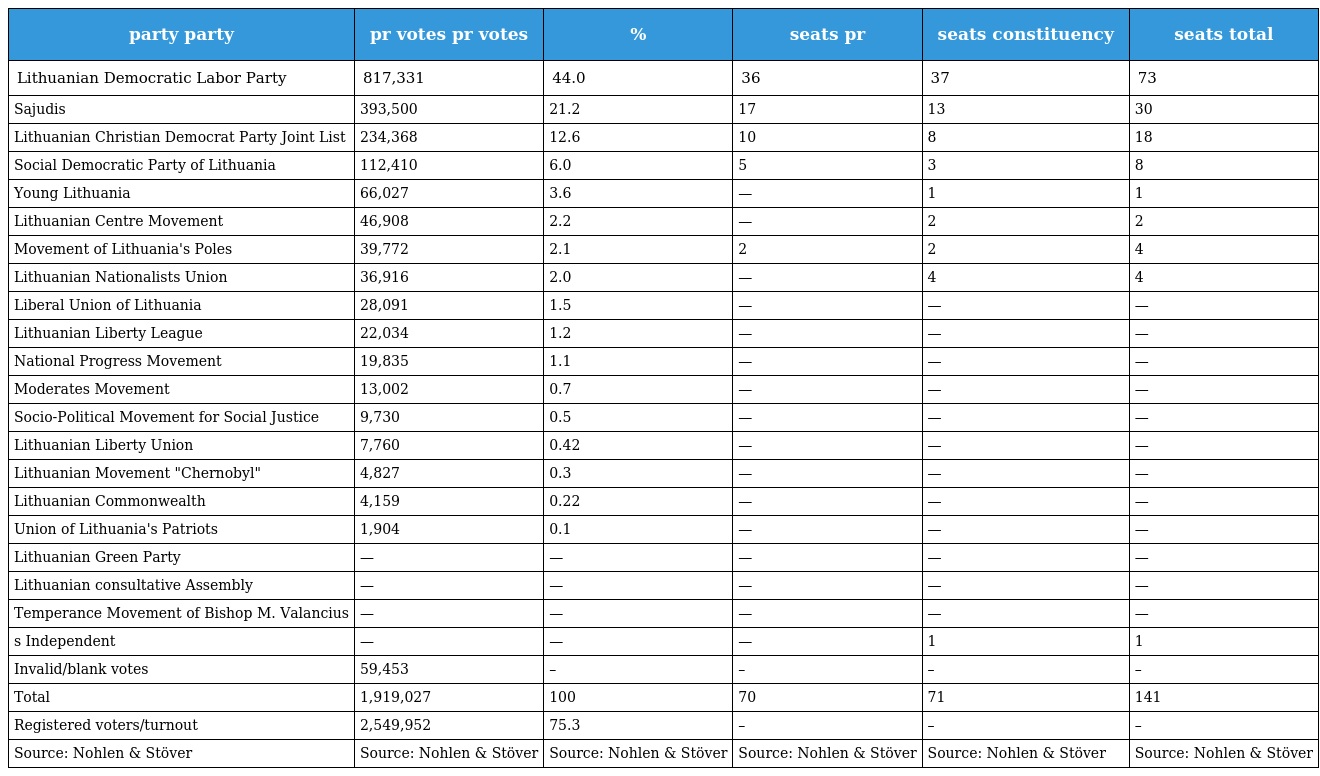
| party party | pr votes pr votes | % | seats pr | seats constituency | seats total |
 | --- | --- | --- | --- | --- | --- |
 | Lithuanian Democratic Labor Party | 817,331 | 44.0 | 36 | 37 | 73 |
 | Sajudis | 393,500 | 21.2 | 17 | 13 | 30 |
 | Lithuanian Christian Democrat Party Joint List | 234,368 | 12.6 | 10 | 8 | 18 |
 | Social Democratic Party of Lithuania | 112,410 | 6.0 | 5 | 3 | 8 |
 | Young Lithuania | 66,027 | 3.6 | — | 1 | 1 |
 | Lithuanian Centre Movement | 46,908 | 2.2 | — | 2 | 2 |
 | Movement of Lithuania's Poles | 39,772 | 2.1 | 2 | 2 | 4 |
 | Lithuanian Nationalists Union | 36,916 | 2.0 | — | 4 | 4 |
 | Liberal Union of Lithuania | 28,091 | 1.5 | — | — | — |
 | Lithuanian Liberty League | 22,034 | 1.2 | — | — | — |
 | National Progress Movement | 19,835 | 1.1 | — | — | — |
 | Moderates Movement | 13,002 | 0.7 | — | — | — |
 | Socio-Political Movement for Social Justice | 9,730 | 0.5 | — | — | — |
 | Lithuanian Liberty Union | 7,760 | 0.42 | — | — | — |
 | Lithuanian Movement "Chernobyl" | 4,827 | 0.3 | — | — | — |
 | Lithuanian Commonwealth | 4,159 | 0.22 | — | — | — |
 | Union of Lithuania's Patriots | 1,904 | 0.1 | — | — | — |
 | Lithuanian Green Party | — | — | — | — | — |
 | Lithuanian consultative Assembly | — | — | — | — | — |
 | Temperance Movement of Bishop M. Valancius | — | — | — | — | — |
 | s Independent | — | — | — | 1 | 1 |
 | Invalid/blank votes | 59,453 | – | – | – | – |
 | Total | 1,919,027 | 100 | 70 | 71 | 141 |
 | Registered voters/turnout | 2,549,952 | 75.3 | – | – | – |
 | Source: Nohlen & Stöver | Source: Nohlen & Stöver | Source: Nohlen & Stöver | Source: Nohlen & Stöver | Source: Nohlen & Stöver | Source: Nohlen & Stöver |